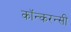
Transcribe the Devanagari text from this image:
कॉन्करन्सी